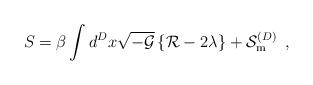
LaTeX: \begin{align*}S=\beta\int d^Dx\sqrt{-{\cal{G}}}\left\{{\cal{R}} -2 \lambda\right\} +{\cal{S}}^{(D)}_{\rm{m}}\,\,\,,\end{align*}